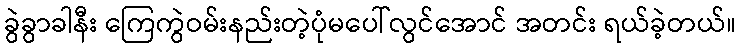
ခွဲခွာခါနီး ကြေကွဲဝမ်းနည်းတဲ့ပုံမပေါ်လွင်အောင် အတင်း ရယ်ခဲ့တယ်။